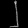
Digit: ၂